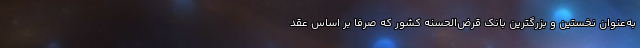
به‌عنوان نخستین و بزرگترین بانک قرض‌الحسنه کشور که صرفاً بر اساس عقد